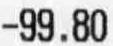
-99.80